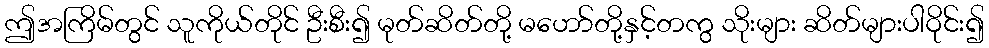
ဤအကြိမ်တွင် သူကိုယ်တိုင် ဦးစီး၍ မုတ်ဆိတ်တို့ မဟော်တို့နှင့်တကွ သိုးများ ဆိတ်များပါဝိုင်း၍